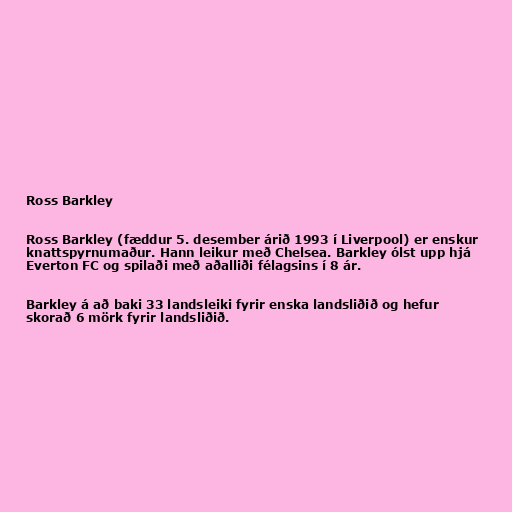
Ross Barkley

Ross Barkley (fæddur 5. desember árið 1993 í Liverpool) er enskur
knattspyrnumaður. Hann leikur með Chelsea. Barkley ólst upp hjá
Everton FC og spilaði með aðalliði félagsins í 8 ár.

Barkley á að baki 33 landsleiki fyrir enska landsliðið og hefur
skorað 6 mörk fyrir landsliðið.